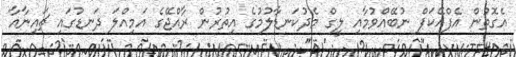
އެގޮތުން އެފްއޭކަޕް ނުބޭއްވުމާއި ލީގް މެދުކަނޑާލުމުގެ އިތުރުން ރާއްޖޭގެ އަމިއްލަ ދަނޑުގައި ޗައިނާއާ